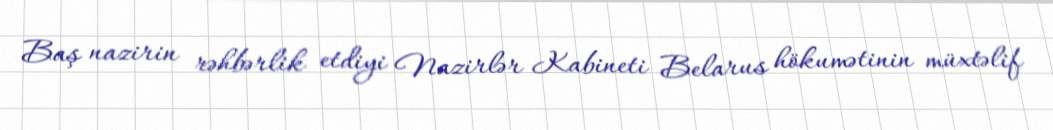
Baş nazirin rəhbərlik etdiyi Nazirlər Kabineti Belarus hökumətinin müxtəlif